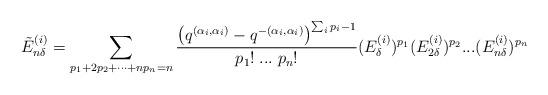
LaTeX: \begin{align*}\tilde{E}^{(i)}_{n\delta}=\sum_{p_1+2p_2+\cdots+np_n=n} \frac{\left ( q^{(\alpha_i,\alpha_i)}-q^{-(\alpha_i,\alpha_i)} \right )^{\sum_ip_i-1}} {p_1!\;...\;p_n!}(E^{(i)}_{\delta})^{p_1}(E^{(i)}_{2\delta})^{p_2}... (E^{(i)}_{n\delta})^{p_n}\end{align*}